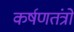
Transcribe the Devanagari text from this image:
कर्षणतंत्रों